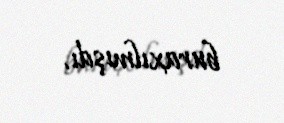
buraxılmışdı.